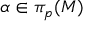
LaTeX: \alpha \in \pi _ { p } ( M )